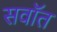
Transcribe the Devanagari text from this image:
सवॉत